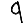
Digit: 9